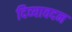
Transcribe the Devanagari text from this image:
दिव्‍यावदन